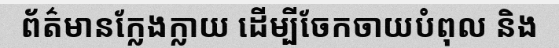
ព័ត៌មានក្លែងក្លាយ ដើម្បីចែកចាយបំពុល និង